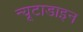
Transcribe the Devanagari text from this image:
न्यूटाडाइन